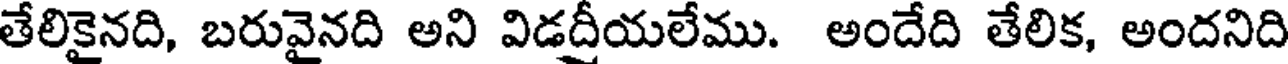
తేలికైనది, బరువైనది అని విడద్రీయలేము. అందేది తేలిక, అందనిది